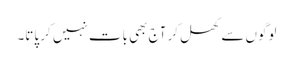
لوگوں سے کھل کر آج بھی بات نہیں کر پاتا۔